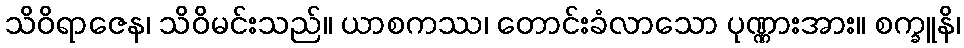
သိဝိရာဇေန၊ သိဝိမင်းသည်။ ယာစကဿ၊ တောင်းခံလာသော ပုဏ္ဏားအား။ စက္ခူနိ၊